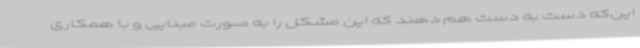
این‌که دست به دست هم دهند که این مشکل را به صورت مبنایی و با همکاری